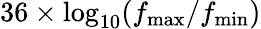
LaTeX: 36\times\mathrm{log}_{10}(f_{\mathrm{max}}/f_{\mathrm{min}})